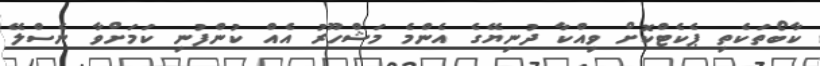
ކާބޯތަކެތި ޕެކެޓްކޮށް ވިއްކާ ދުނިޔޭގެ އެންމެ މަޝްހޫރު އެއް ކުންފުނި ކަމަށްވާ ނެސްލޭ